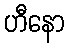
ဟီနော